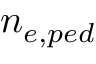
n _ { e , p e d }